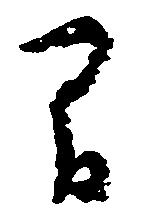
間